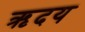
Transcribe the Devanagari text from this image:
ऋदय